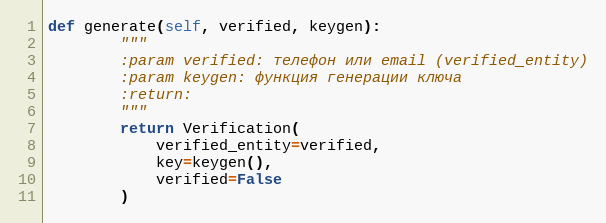
Language: Python
def generate(self, verified, keygen):
        """
        :param verified: телефон или email (verified_entity)
        :param keygen: функция генерации ключа
        :return:
        """
        return Verification(
            verified_entity=verified,
            key=keygen(),
            verified=False
        )